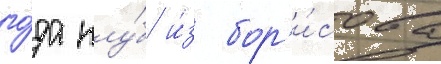
го́да клу́б и́з бор'и́сова